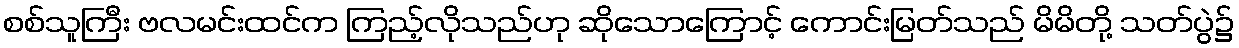
စစ်သူကြီး ဗလမင်းထင်က ကြည့်လိုသည်ဟု ဆိုသောကြောင့် ကောင်းမြတ်သည် မိမိတို့ သတ်ပွဲ၌